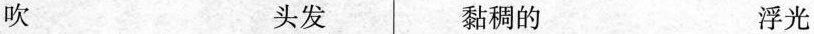
吹 头发 黏稠的 浮光